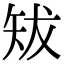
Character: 𥎱